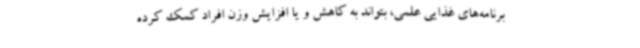
برنامه‌های غذایی علمی، بتواند به کاهش و یا افزایش وزن افراد کمک کرده